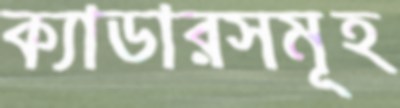
ক্যাডারসমূহ